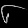
Digit: ၆